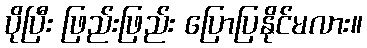
ပိုပြီး ဖြည်းဖြည်း ပြောပြနိုင်မလား။